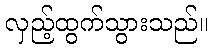
လှည့်ထွက်သွားသည်။